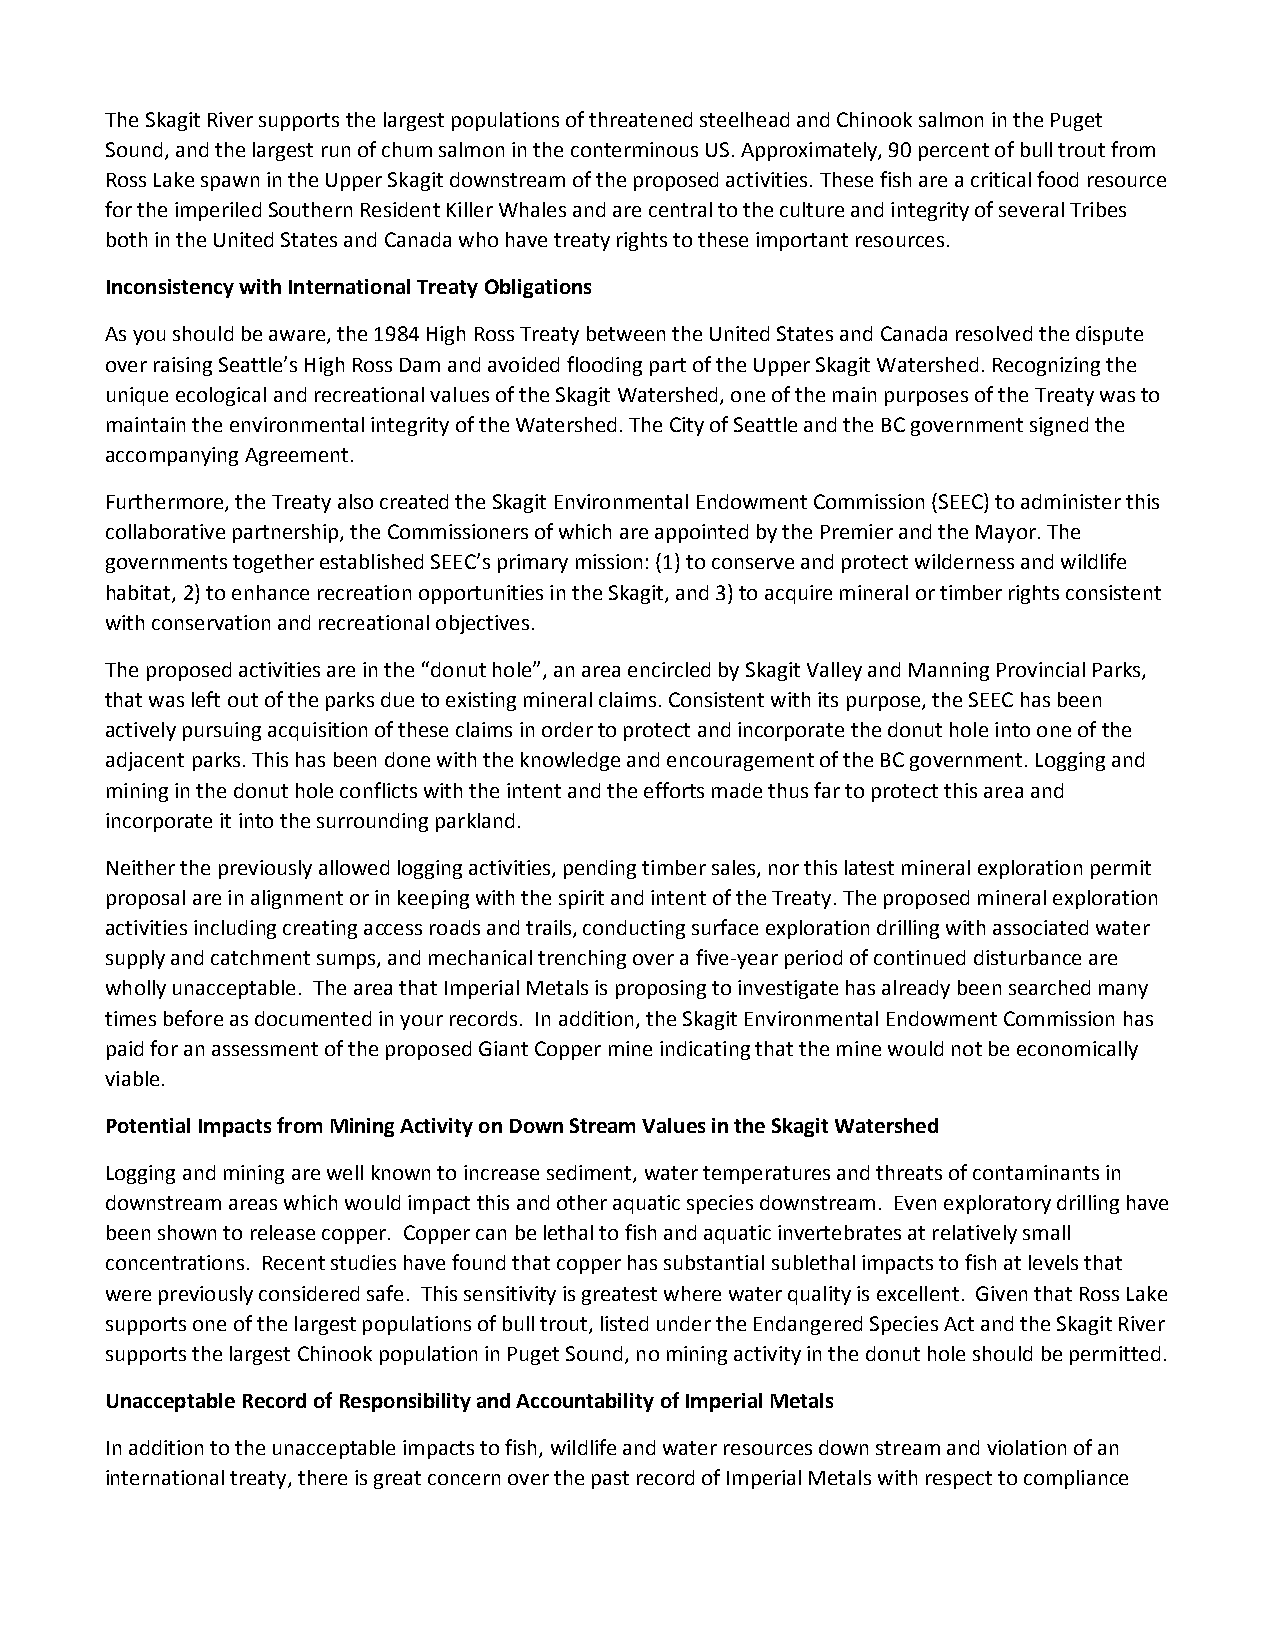
The Skagit River supports the largest populations of threatened steelhead and Chinook salmon in the Puget
 Sound, and the largest run of chum salmon in the conterminous US. Approximately, 90 percent of bull trout from
 Ross Lake spawn in the Upper Skagit downstream of the proposed activities. These fish are a critical food resource
 for the imperiled Southern Resident Killer Whales and are central to the culture and integrity of several Tribes
 both in the United States and Canada who have treaty rights to these important resources.
 Inconsistency with International Treaty Obligations
 As you should be aware, the 1984 High Ross Treaty between the United States and Canada resolved the dispute
 over raising Seattle’s High Ross Dam and avoided flooding part of the Upper Skagit Watershed. Recognizing the
 unique ecological and recreational values of the Skagit Watershed, one of the main purposes of the Treaty was to
 maintain the environmental integrity of the Watershed. The City of Seattle and the BC government signed the
 accompanying Agreement.
 Furthermore, the Treaty also created the Skagit Environmental Endowment Commission (SEEC) to administer this
 collaborative partnership, the Commissioners of which are appointed by the Premier and the Mayor. The
 governments together established SEEC’s primary mission: (1) to conserve and protect wilderness and wildlife
 habitat, 2) to enhance recreation opportunities in the Skagit, and 3) to acquire mineral or timber rights consistent
 with conservation and recreational objectives.
 The proposed activities are in the “donut hole”, an area encircled by Skagit Valley and Manning Provincial Parks,
 that was left out of the parks due to existing mineral claims. Consistent with its purpose, the SEEC has been
 actively pursuing acquisition of these claims in order to protect and incorporate the donut hole into one of the
 adjacent parks. This has been done with the knowledge and encouragement of the BC government. Logging and
 mining in the donut hole conflicts with the intent and the efforts made thus far to protect this area and
 incorporate it into the surrounding parkland.
 Neither the previously allowed logging activities, pending timber sales, nor this latest mineral exploration permit
 proposal are in alignment or in keeping with the spirit and intent of the Treaty. The proposed mineral exploration
 activities including creating access roads and trails, conducting surface exploration drilling with associated water
 supply and catchment sumps, and mechanical trenching over a five-year period of continued disturbance are
 wholly unacceptable. The area that Imperial Metals is proposing to investigate has already been searched many
 times before as documented in your records. In addition, the Skagit Environmental Endowment Commission has
 paid for an assessment of the proposed Giant Copper mine indicating that the mine would not be economically
 viable.
 Potential Impacts from Mining Activity on Down Stream Values in the Skagit Watershed
 Logging and mining are well known to increase sediment, water temperatures and threats of contaminants in
 downstream areas which would impact this and other aquatic species downstream. Even exploratory drilling have
 been shown to release copper. Copper can be lethal to fish and aquatic invertebrates at relatively small
 concentrations. Recent studies have found that copper has substantial sublethal impacts to fish at levels that
 were previously considered safe. This sensitivity is greatest where water quality is excellent. Given that Ross Lake
 supports one of the largest populations of bull trout, listed under the Endangered Species Act and the Skagit River
 supports the largest Chinook population in Puget Sound, no mining activity in the donut hole should be permitted.
 Unacceptable Record of Responsibility and Accountability of Imperial Metals
 In addition to the unacceptable impacts to fish, wildlife and water resources down stream and violation of an
 international treaty, there is great concern over the past record of Imperial Metals with respect to compliance